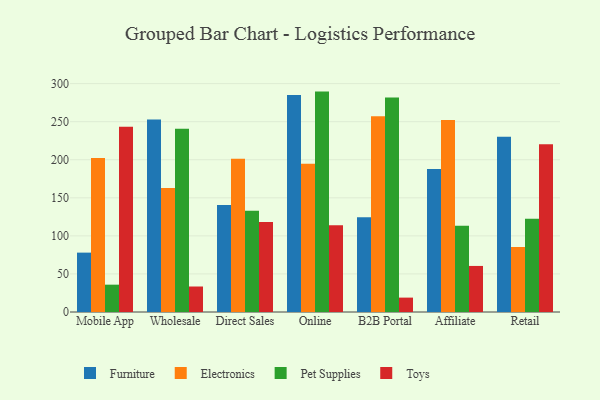
{"axis": {"x": "Channel", "y": "Humidity (%)"}, "legend": ["Electronics", "Furniture", "Pet Supplies", "Toys"], "data": [{"x": "Mobile App", "y": 78.0, "type": "Furniture"}, {"x": "Mobile App", "y": 202.4, "type": "Electronics"}, {"x": "Mobile App", "y": 35.9, "type": "Pet Supplies"}, {"x": "Mobile App", "y": 243.3, "type": "Toys"}, {"x": "Wholesale", "y": 252.9, "type": "Furniture"}, {"x": "Wholesale", "y": 162.8, "type": "Electronics"}, {"x": "Wholesale", "y": 240.6, "type": "Pet Supplies"}, {"x": "Wholesale", "y": 33.5, "type": "Toys"}, {"x": "Direct Sales", "y": 140.5, "type": "Furniture"}, {"x": "Direct Sales", "y": 201.2, "type": "Electronics"}, {"x": "Direct Sales", "y": 133.1, "type": "Pet Supplies"}, {"x": "Direct Sales", "y": 118.1, "type": "Toys"}, {"x": "Online", "y": 285.1, "type": "Furniture"}, {"x": "Online", "y": 194.7, "type": "Electronics"}, {"x": "Online", "y": 289.5, "type": "Pet Supplies"}, {"x": "Online", "y": 113.9, "type": "Toys"}, {"x": "B2B Portal", "y": 124.3, "type": "Furniture"}, {"x": "B2B Portal", "y": 257.2, "type": "Electronics"}, {"x": "B2B Portal", "y": 281.9, "type": "Pet Supplies"}, {"x": "B2B Portal", "y": 18.9, "type": "Toys"}, {"x": "Affiliate", "y": 187.7, "type": "Furniture"}, {"x": "Affiliate", "y": 252.2, "type": "Electronics"}, {"x": "Affiliate", "y": 113.4, "type": "Pet Supplies"}, {"x": "Affiliate", "y": 60.5, "type": "Toys"}, {"x": "Retail", "y": 230.3, "type": "Furniture"}, {"x": "Retail", "y": 85.4, "type": "Electronics"}, {"x": "Retail", "y": 122.4, "type": "Pet Supplies"}, {"x": "Retail", "y": 220.3, "type": "Toys"}]}